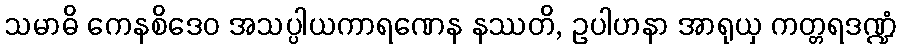
သမာဓိ ကေနစိဒေဝ အသပ္ပါယကာရဏေန နဿတိ, ဥပါဟနာ အာရုယှ ကတ္တရဒဏ္ဍံ